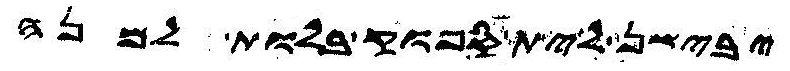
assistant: יבישן לית ספוק בלות למנה